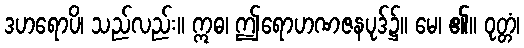
ဒဟရောပိ၊ သည်လည်း။ ဣဓ၊ ဤရောဟဏဇနပုဒ်၌။ မေ၊ ၏။ ဝုတ္တံ၊